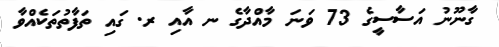
ގާނޫނު އަސާސީގެ 73 ވަނަ މާއްދާގެ ނ އާއި ރ. ގައި ތަފާތުތަކެއްވާ